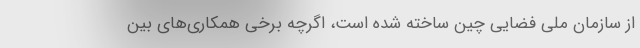
از سازمان ملی فضایی چین ساخته شده است، اگرچه برخی همکاری‌های بین